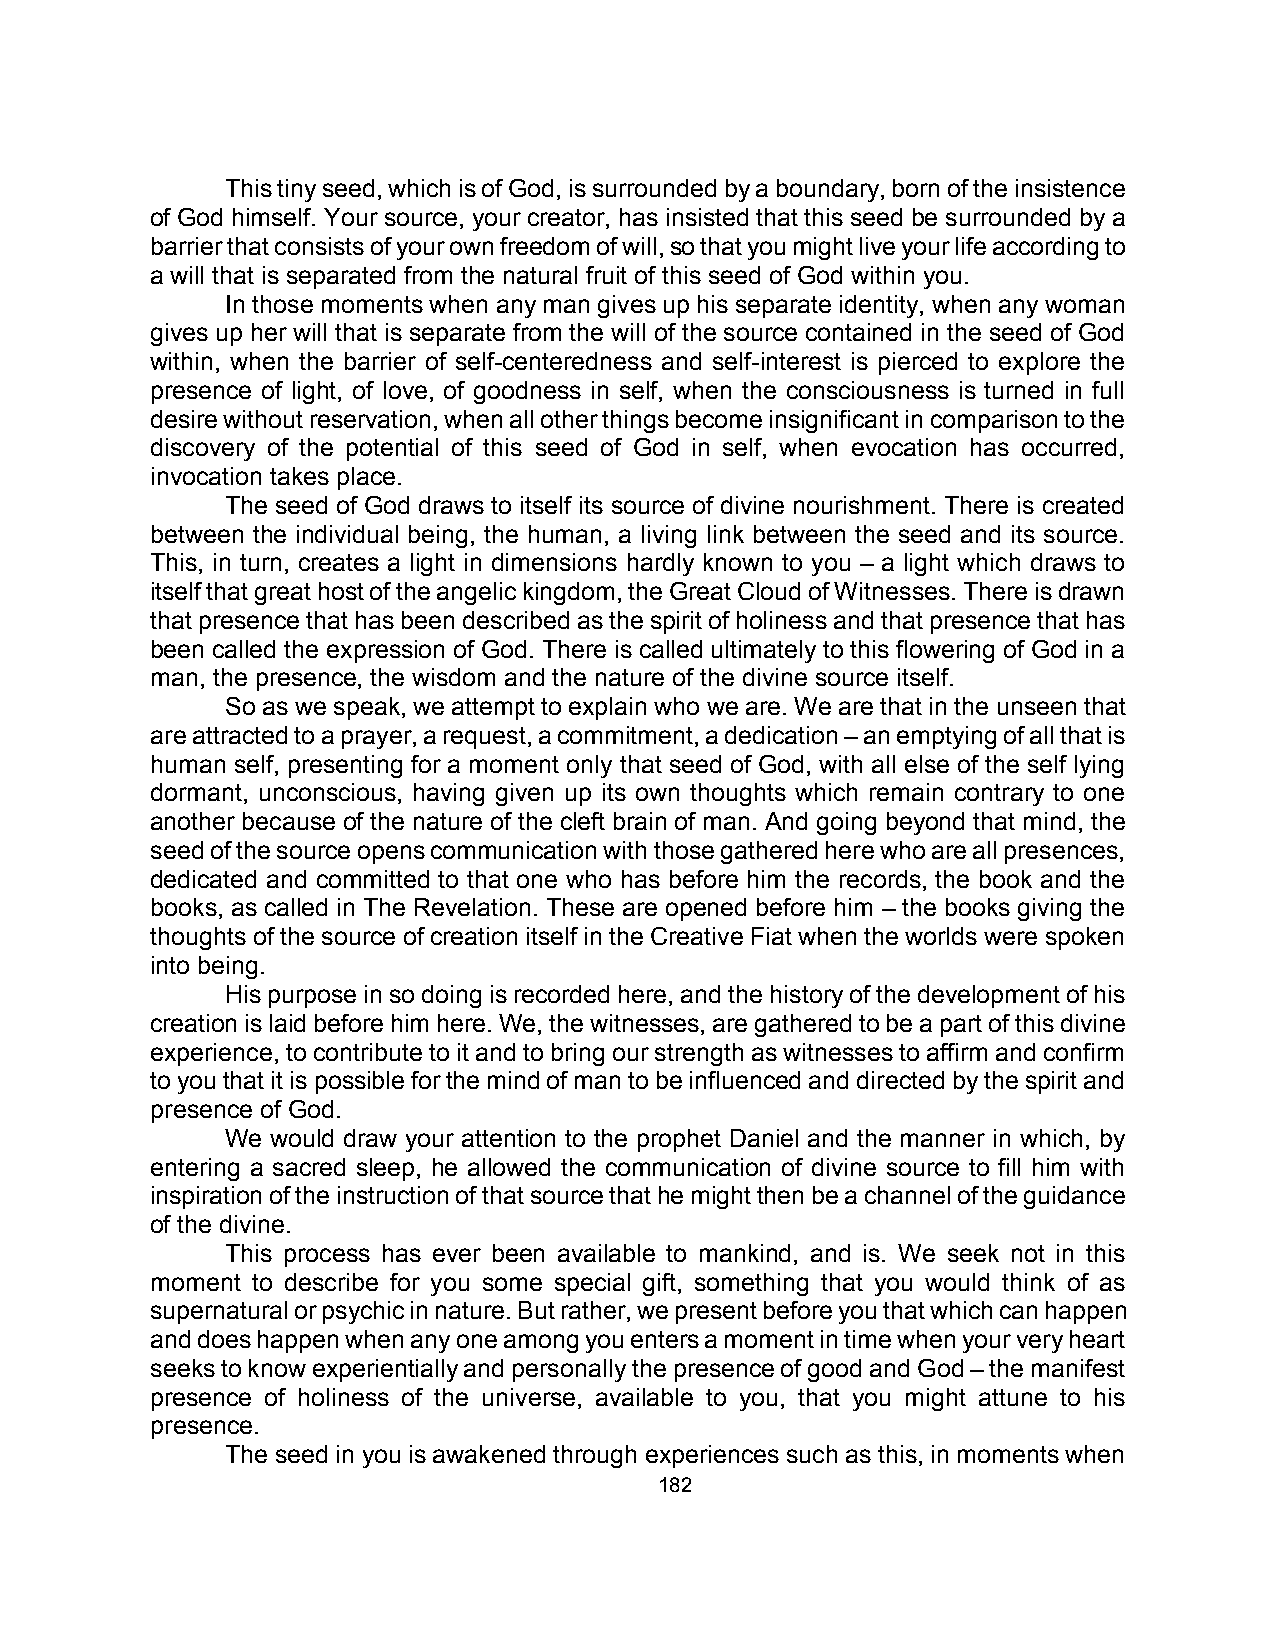
This tiny seed, which is of God, is surrounded by a boundary, born of the insistence
 of God himself. Your source, your creator, has insisted that this seed be surrounded by a
 barrier that consists of your own freedom of will, so that you might live your life according to
 a will that is separated from the natural fruit of this seed of God within you.
 In those moments when any man gives up his separate identity, when any woman
 gives up her will that is separate from the will of the source contained in the seed of God
 within, when the barrier of self-centeredness and self-interest is pierced to explore the
 presence of light, of love, of goodness in self, when the consciousness is turned in full
 desire without reservation, when all other things become insignificant in comparison to the
 discovery of the potential of this seed of God in self, when evocation has occurred,
 invocation takes place.
 The seed of God draws to itself its source of divine nourishment. There is created
 between the individual being, the human, a living link between the seed and its source.
 This, in turn, creates a light in dimensions hardly known to you – a light which draws to
 itself that great host of the angelic kingdom, the Great Cloud of Witnesses. There is drawn
 that presence that has been described as the spirit of holiness and that presence that has
 been called the expression of God. There is called ultimately to this flowering of God in a
 man, the presence, the wisdom and the nature of the divine source itself.
 So as we speak, we attempt to explain who we are. We are that in the unseen that
 are attracted to a prayer, a request, a commitment, a dedication – an emptying of all that is
 human self, presenting for a moment only that seed of God, with all else of the self lying
 dormant, unconscious, having given up its own thoughts which remain contrary to one
 another because of the nature of the cleft brain of man. And going beyond that mind, the
 seed of the source opens communication with those gathered here who are all presences,
 dedicated and committed to that one who has before him the records, the book and the
 books, as called in The Revelation. These are opened before him – the books giving the
 thoughts of the source of creation itself in the Creative Fiat when the worlds were spoken
 into being.
 His purpose in so doing is recorded here, and the history of the development of his
 creation is laid before him here. We, the witnesses, are gathered to be a part of this divine
 experience, to contribute to it and to bring our strength as witnesses to affirm and confirm
 to you that it is possible for the mind of man to be influenced and directed by the spirit and
 presence of God.
 We would draw your attention to the prophet Daniel and the manner in which, by
 entering a sacred sleep, he allowed the communication of divine source to fill him with
 inspiration of the instruction of that source that he might then be a channel of the guidance
 of the divine.
 This process has ever been available to mankind, and is. We seek not in this
 moment to describe for you some special gift, something that you would think of as
 supernatural or psychic in nature. But rather, we present before you that which can happen
 and does happen when any one among you enters a moment in time when your very heart
 seeks to know experientially and personally the presence of good and God – the manifest
 presence of holiness of the universe, available to you, that you might attune to his
 presence.
 The seed in you is awakened through experiences such as this, in moments when
 182